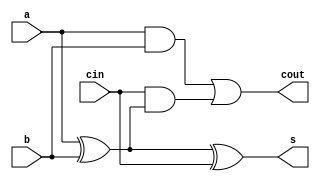
/*
   This file was generated automatically by Alchitry Labs version 1.2.1.
   Do not edit this file directly. Instead edit the original Lucid source.
   This is a temporary file and any changes made to it will be destroyed.
*/

module fulladder_12 (
    input a,
    input b,
    input cin,
    output reg s,
    output reg cout
  );
  
  
  
  reg i;
  reg j;
  reg k;
  
  always @* begin
    s = a ^ b ^ cin;
    i = a & b;
    j = a ^ b;
    k = cin & j;
    cout = i | k;
  end
endmodule